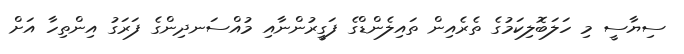
ސިޔާސީ މި ހަލަބޮލިކަމުގެ ތެރެއިން ތައިލެންޑްގެ ފަގީރުންނާއި މުއްސަނދިންގެ ފަރަގު އިންތިހާ އަށް